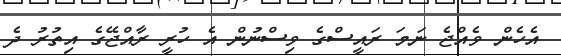
އެހެން ވެއްޖެ ނަމަ ރައީސްގެ ވިސްނުން އެ ހުރީ ރާއްޖޭގެ އިތުރު ދެ